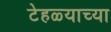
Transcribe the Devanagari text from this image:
टेहळ्याच्या